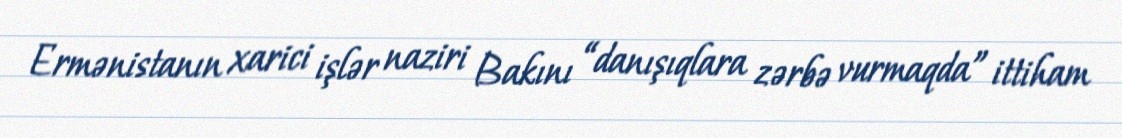
Ermənistanın xarici işlər naziri Bakını “danışıqlara zərbə vurmaqda” ittiham